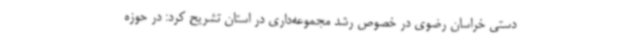
دستی خراسان رضوی در خصوص رشد مجموعه‌داری در استان تشریح کرد: در حوزه